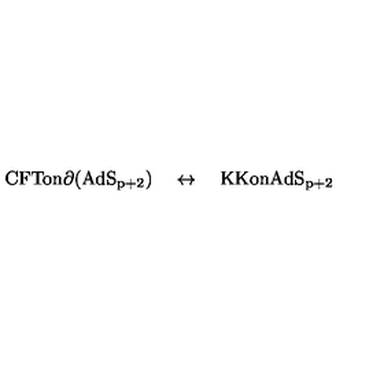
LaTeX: \mathrm { C F T o n \partial ( A d S _ { p + 2 } ) } \quad \leftrightarrow \quad \mathrm { K K o n A d S _ { p + 2 } }